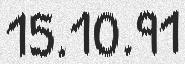
15.10.91